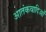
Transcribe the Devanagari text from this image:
आतंकवादिओं